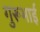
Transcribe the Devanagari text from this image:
गुरूभाई